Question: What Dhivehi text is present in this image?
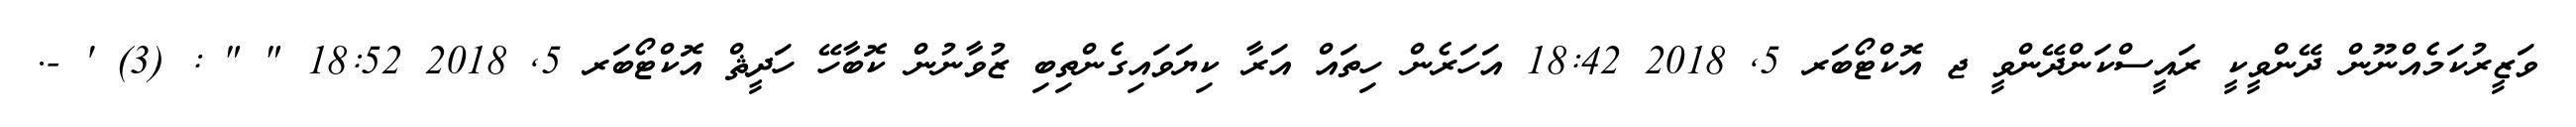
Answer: ވަޒީރުކަމެއްނޫން ދޭންވީކީ ރައީސްކަންދޭންވީ ޖ އޮކްޓޯބަރ 5, 2018 18:42 އަހަރެން ހިތައް އަރާ ކިޔަވައިގެންތިބި ޒުވާނުން ކޮބާހޭ ހަދީޘް އޮކްޓޯބަރ 5, 2018 18:52 " " : (3) ' -.